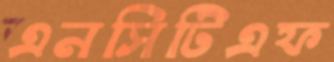
এনসিটিএফ